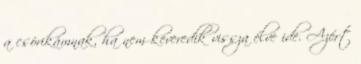
a csórikámnak, ha nem keveredik vissza élve ide. Azért